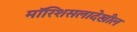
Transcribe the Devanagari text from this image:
मॉरिशसलादेखील